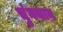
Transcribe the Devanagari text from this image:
चुंगथान